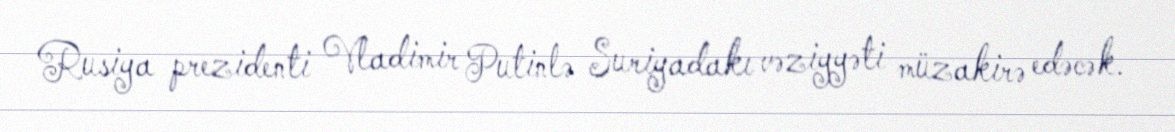
Rusiya prezidenti Vladimir Putinlə Suriyadakı vəziyyəti müzakirə edəcək.